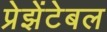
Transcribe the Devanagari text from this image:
प्रेझेंटेबल